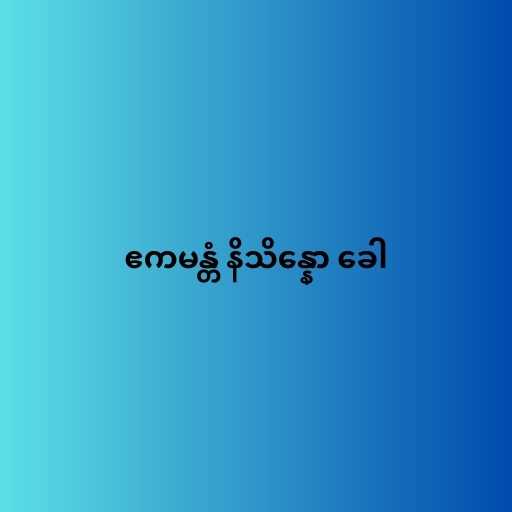
ဧကမန္တံ နိသိန္နော ခေါ